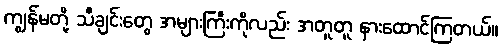
ကျွန်မတို့ သီချင်းတွေ အများကြီးကိုလည်း အတူတူ နားထောင်ကြတယ်။